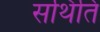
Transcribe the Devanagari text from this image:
सथिति